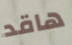
هاقد